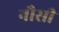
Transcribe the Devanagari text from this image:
नौसी